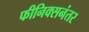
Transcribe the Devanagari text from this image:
फीनिक्सनंतर